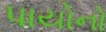
પાયોનો